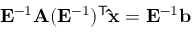
\mathbf { E } ^ { - 1 } \mathbf { A } ( \mathbf { E } ^ { - 1 } ) ^ { \mathsf { T } } \mathbf { \hat { x } } = \mathbf { E } ^ { - 1 } \mathbf { b }